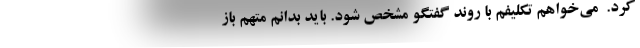
کرد. ‌ می‌خواهم تکلیفم با روند گفتگو مشخص شود. باید بدانم متهم باز